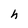
Character: h